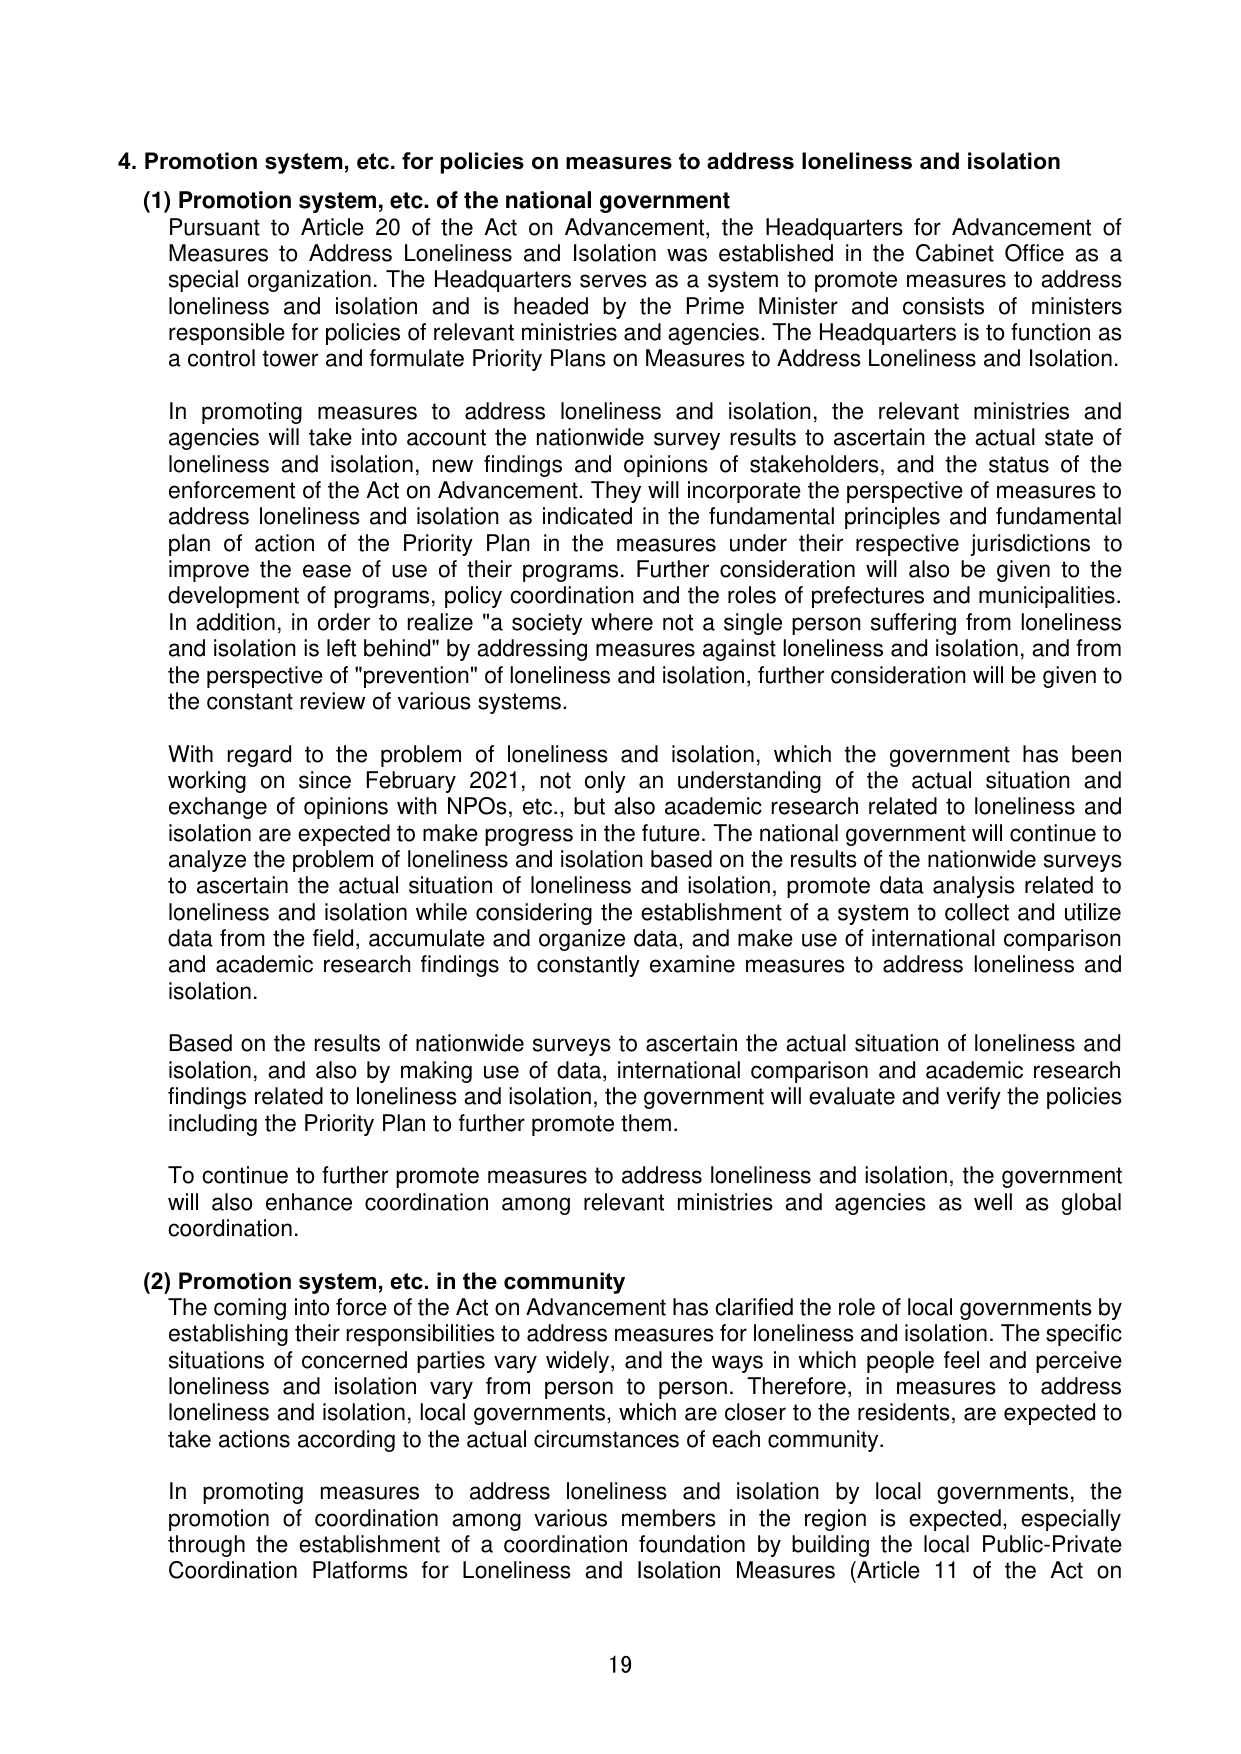
4. Promotion system, etc. for policies on measures to address loneliness and isolation

(1) Promotion system, etc. of the national government
Pursuant to Article 20 of the Act on Advancement, the Headquarters for Advancement of Measures to Address Loneliness and Isolation was established in the Cabinet Office as a special organization. The Headquarters serves as a system to promote measures to address loneliness and isolation and is headed by the Prime Minister and consists of ministers responsible for policies of relevant ministries and agencies. The Headquarters is to function as a control tower and formulate Priority Plans on Measures to Address Loneliness and Isolation.

In promoting measures to address loneliness and isolation, the relevant ministries and agencies will take into account the nationwide survey results to ascertain the actual state of loneliness and isolation, new findings and opinions of stakeholders, and the status of the enforcement of the Act on Advancement. They will incorporate the perspective of measures to address loneliness and isolation as indicated in the fundamental principles and fundamental plan of action of the Priority Plan in the measures under their respective jurisdictions to improve the ease of use of their programs. Further consideration will also be given to the development of programs, policy coordination and the roles of prefectures and municipalities. In addition, in order to realize "a society where not a single person suffering from loneliness and isolation is left behind" by addressing measures against loneliness and isolation, and from the perspective of "prevention" of loneliness and isolation, further consideration will be given to the constant review of various systems.

With regard to the problem of loneliness and isolation, which the government has been working on since February 2021, not only an understanding of the actual situation and exchange of opinions with NPOs, etc., but also academic research related to loneliness and isolation are expected to make progress in the future. The national government will continue to analyze the problem of loneliness and isolation based on the results of the nationwide surveys to ascertain the actual situation of loneliness and isolation, promote data analysis related to loneliness and isolation while considering the establishment of a system to collect and utilize data from the field, accumulate and organize data, and make use of international comparison and academic research findings to constantly examine measures to address loneliness and isolation.

Based on the results of nationwide surveys to ascertain the actual situation of loneliness and isolation, and also by making use of data, international comparison and academic research findings related to loneliness and isolation, the government will evaluate and verify the policies including the Priority Plan to further promote them.

To continue to further promote measures to address loneliness and isolation, the government will also enhance coordination among relevant ministries and agencies as well as global coordination.

(2) Promotion system, etc. in the community
The coming into force of the Act on Advancement has clarified the role of local governments by establishing their responsibilities to address measures for loneliness and isolation. The specific situations of concerned parties vary widely, and the ways in which people feel and perceive loneliness and isolation vary from person to person. Therefore, in measures to address loneliness and isolation, local governments, which are closer to the residents, are expected to take actions according to the actual circumstances of each community.

In promoting measures to address loneliness and isolation by local governments, the promotion of coordination among various members in the region is expected, especially through the establishment of a coordination foundation by building the local Public-Private Coordination Platforms for Loneliness and Isolation Measures (Article 11 of the Act on

19